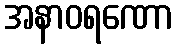
အနာဝရဏော